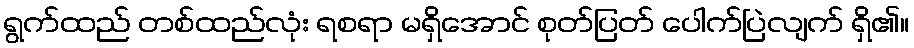
ရွက်ထည် တစ်ထည်လုံး ရစရာ မရှိအောင် စုတ်ပြတ် ပေါက်ပြဲလျက် ရှိ၏။